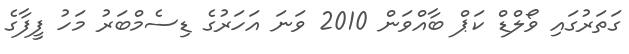
ގަތަރުގައި ވޯލްޑް ކަޕް ބާއްވަން 2010 ވަނަ އަހަރުގެ ޑިސެމްބަރު މަހު ފީފާގެ